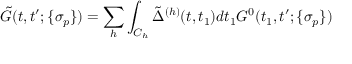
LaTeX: \tilde { G } ( t , t ^ { \prime } ; \{ \sigma _ { p } \} ) = \sum _ { h } \int _ { C _ { h } } \tilde { \Delta } ^ { ( h ) } ( t , t _ { 1 } ) d t _ { 1 } G ^ { 0 } ( t _ { 1 } , t ^ { \prime } ; \{ \sigma _ { p } \} )